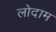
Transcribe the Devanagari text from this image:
लोदाम